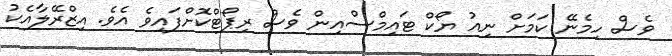
ވެސް ހިމެނޭ ކަމަށް ނިއު ޔޯކް ޓައިމްސްއިން ވެސް ރިޕޯޓްކޮށްފައިވެ އެވެ. އިޒްރޭލާއެކު